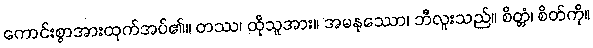
ကောင်းစွာအားထုက်အပ်၏။ တဿ၊ ထိုသူအား။ အမနုဿော၊ ဘီလူးသည်။ စိတ္တံ၊ စိတ်ကို။